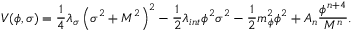
V ( \phi , \sigma ) = \frac { 1 } { 4 } \lambda _ { \sigma } \left( \sigma ^ { 2 } + M ^ { 2 } \right) ^ { 2 } - \frac { 1 } { 2 } \lambda _ { i n t } \phi ^ { 2 } \sigma ^ { 2 } - \frac { 1 } { 2 } m _ { \phi } ^ { 2 } \phi ^ { 2 } + A _ { n } \frac { \phi ^ { n + 4 } } { M ^ { n } } .